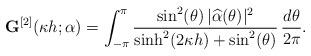
LaTeX: \begin{align*}\mathbf G^{[2]}(\kappa h;\alpha) = \int_{-\pi}^{\pi} \frac{\sin^2(\theta)\, |\widehat{\alpha}(\theta)|^2}{\sinh^2(2\kappa h) + \sin^2(\theta)}\,\frac{d\theta}{2\pi}.\end{align*}